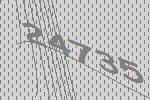
24735